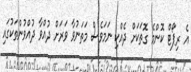
އެ ރިޕޯޓް ކޮންމެ ގޮތަކަށް ދެއްކި ނަމަވެސް މަތަނުވާ ވަރަށް ދުއްވާ ދުއްވުންތަކުގައި